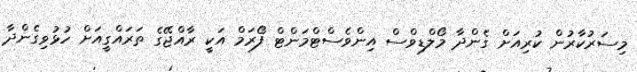
މިސަރުކާރުން ކުރިއަށް ގެންދާ މޯލްޑިވްސް އިންވެސްޓްމަންޓް ފޯރަމް އަކީ ރާއްޖޭގެ ތަރައްގީއަށް ހުޅުވިގެންދާ